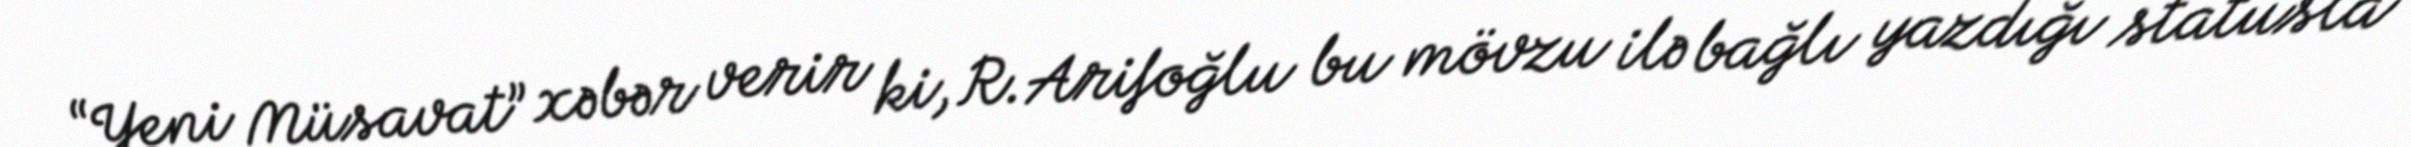
“Yeni Müsavat” xəbər verir ki, R.Arifoğlu bu mövzu ilə bağlı yazdığı statusla